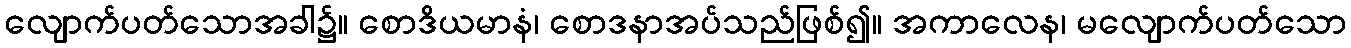
လျောက်ပတ်သောအခါ၌။ စောဒိယမာနံ၊ စောဒနာအပ်သည်ဖြစ်၍။ အကာလေန၊ မလျောက်ပတ်သော